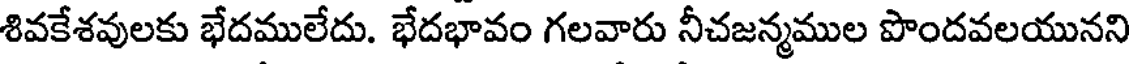
శివకేశవులకు భేదములేదు. భేదభావం గలవారు నీచజన్మముల పొందవలయునని